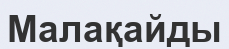
Малақайды